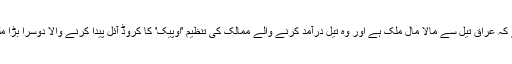
یاد رہے کہ عراق تیل سے مالا مال ملک ہے اور وہ تیل درآمد کرنے والے ممالک کی تنظیم 'اوپیک' کا کروڈ آئل پیدا کرنے والا دوسرا بڑا ملک ہے۔